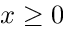
x \ge 0